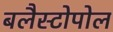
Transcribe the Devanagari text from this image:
बलैस्टोपोल